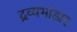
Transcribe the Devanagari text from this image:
द्रव्यभांडार